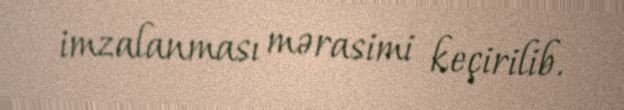
imzalanması mərasimi keçirilib.